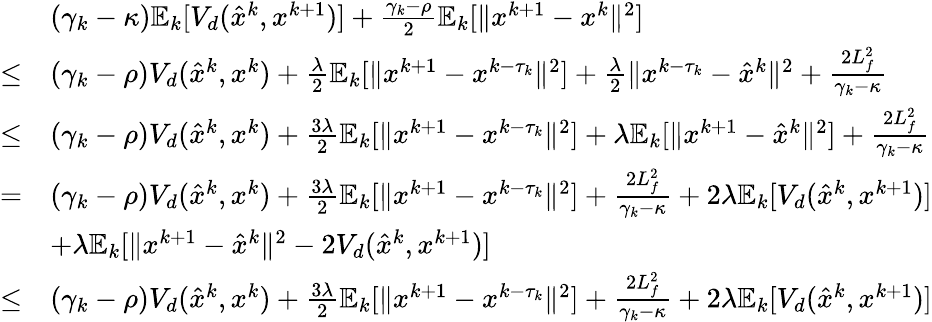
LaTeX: \begin{array}{rl}&{(\gamma_{k}-\kappa)\mathbb{E}_{k}[V_{d}(\hat{x}^{k},x^{k+1})]+\frac{\gamma_{k}-\rho}{2}\mathbb{E}_{k}[\| x^{k+1}-x^{k}\| ^{2}]}\\ {\leq}&{(\gamma_{k}-\rho)V_{d}(\hat{x}^{k},x^{k})+\frac{\lambda}{2}\mathbb{E}_{k}[\| x^{k+1}-x^{k-\tau_{k}}\| ^{2}]+\frac{\lambda}{2}\| x^{k-\tau_{k}}-\hat{x}^{k}\| ^{2}+\frac{2L_{f}^{2}}{\gamma_{k}-\kappa}}\\ {\leq}&{(\gamma_{k}-\rho)V_{d}(\hat{x}^{k},x^{k})+\frac{3\lambda}{2}\mathbb{E}_{k}[\| x^{k+1}-x^{k-\tau_{k}}\| ^{2}]+\lambda\mathbb{E}_{k}[\| x^{k+1}-\hat{x}^{k}\| ^{2}]+\frac{2L_{f}^{2}}{\gamma_{k}-\kappa}}\\ {=}&{(\gamma_{k}-\rho)V_{d}(\hat{x}^{k},x^{k})+\frac{3\lambda}{2}\mathbb{E}_{k}[\| x^{k+1}-x^{k-\tau_{k}}\| ^{2}]+\frac{2L_{f}^{2}}{\gamma_{k}-\kappa}+2\lambda\mathbb{E}_{k}[V_{d}(\hat{x}^{k},x^{k+1})]}\\ &{+\lambda\mathbb{E}_{k}[\| x^{k+1}-\hat{x}^{k}\| ^{2}-2V_{d}(\hat{x}^{k},x^{k+1})]}\\ {\leq}&{(\gamma_{k}-\rho)V_{d}(\hat{x}^{k},x^{k})+\frac{3\lambda}{2}\mathbb{E}_{k}[\| x^{k+1}-x^{k-\tau_{k}}\| ^{2}]+\frac{2L_{f}^{2}}{\gamma_{k}-\kappa}+2\lambda\mathbb{E}_{k}[V_{d}(\hat{x}^{k},x^{k+1})]}\end{array}